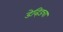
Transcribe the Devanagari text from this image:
डेव्हिडचा